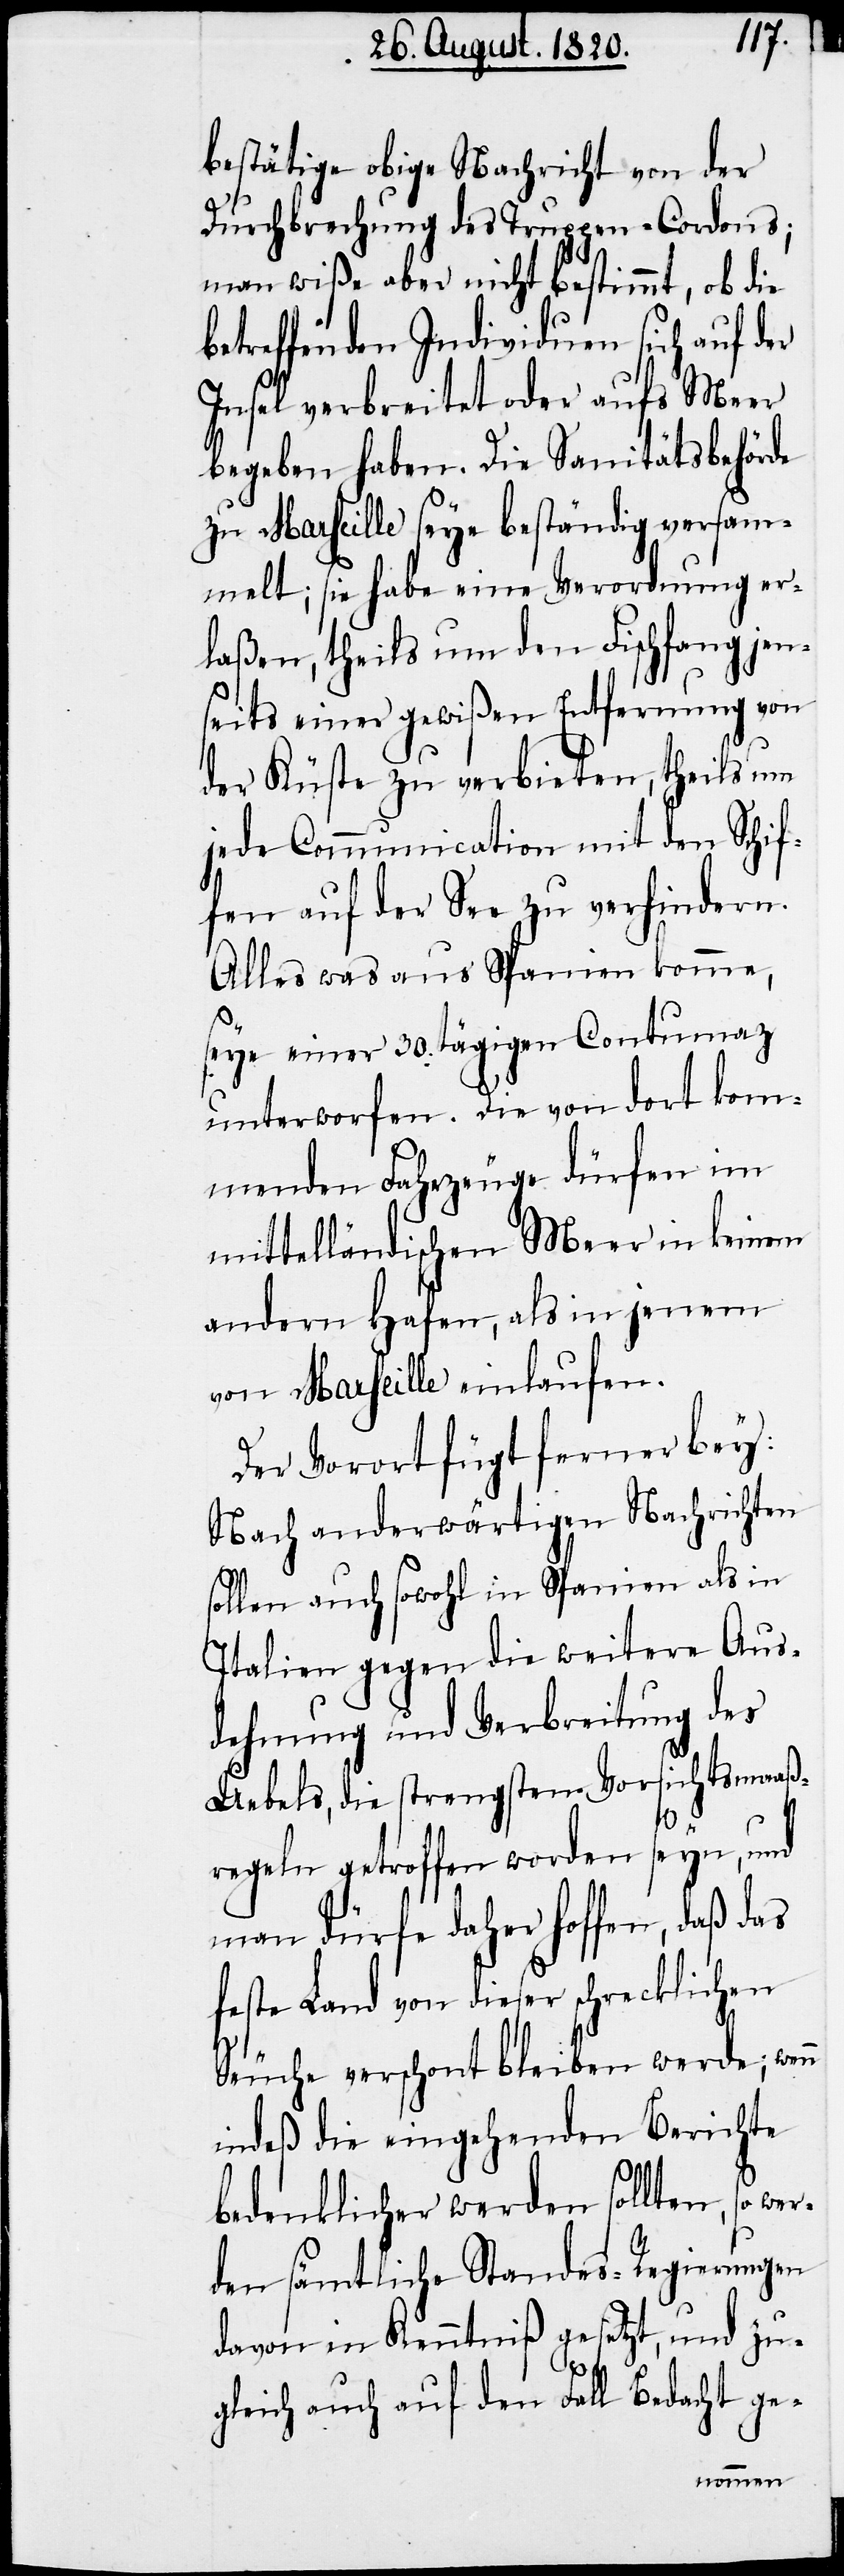
Schif¬
bestätige obige Nachricht von der
Durchbrechung des Truppen-Cordons;
man wiße aber nicht bestimmt, ob die
betreffenden Individuen sich auf der
Insel verbreitet oder aufs Meer
begeben haben. Die Sanitätsbehörde
zu Marseille seye beständig versam¬
melt; sie habe eine Verordnung erl¬
fen auf der See zu verhindern.
Alles was aus Spanien komme,
seye einer 30tägigen Contumaz
unterworfen. Die von dort kom¬
menden Fahrzeuge dürfen im
mittelländischen Meer in keinem
andern Hafen, als in jenem
von Marseille einlaufen.
Der Vorort fügt ferner bey:
Nach anderwärtigen Nachrichten
sollen auch sowohl in Spanien als in
Italien gegen die weitere Aus¬
dehnung und Verbreitung des
Uebels, die strengsten Vorsichtsmaaß¬
regeln getroffen worden seyn, und
man dürfe daher hoffen, daß das
feste Land von dieser schrecklichen
Seuche verschont bleiben werde; wenn
indeß die eigehenden Berichte
bedenklicher werden sollten, so we¬
rden sämtliche Standes-Regierungen
davon in Kenntniß gesetzt, und zu¬
gleich auch auf den Fall Bedacht ge-
aßen,